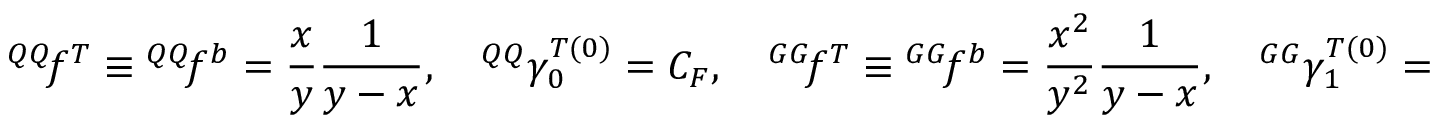
{ ^ { Q Q } \! f ^ { T } } \equiv { ^ { Q Q } \! f ^ { b } } = \frac { x } { y } \frac { 1 } { y - x } , \quad { ^ { Q Q } \gamma _ { 0 } ^ { T ( 0 ) } } = C _ { F } , \quad { ^ { G G } \! f ^ { T } } \equiv { ^ { G G } \! f ^ { b } } = \frac { x ^ { 2 } } { y ^ { 2 } } \frac { 1 } { y - x } , \quad { ^ { G G } \gamma _ { 1 } ^ { T ( 0 ) } } = 6 C _ { A } + \beta _ { 0 } .